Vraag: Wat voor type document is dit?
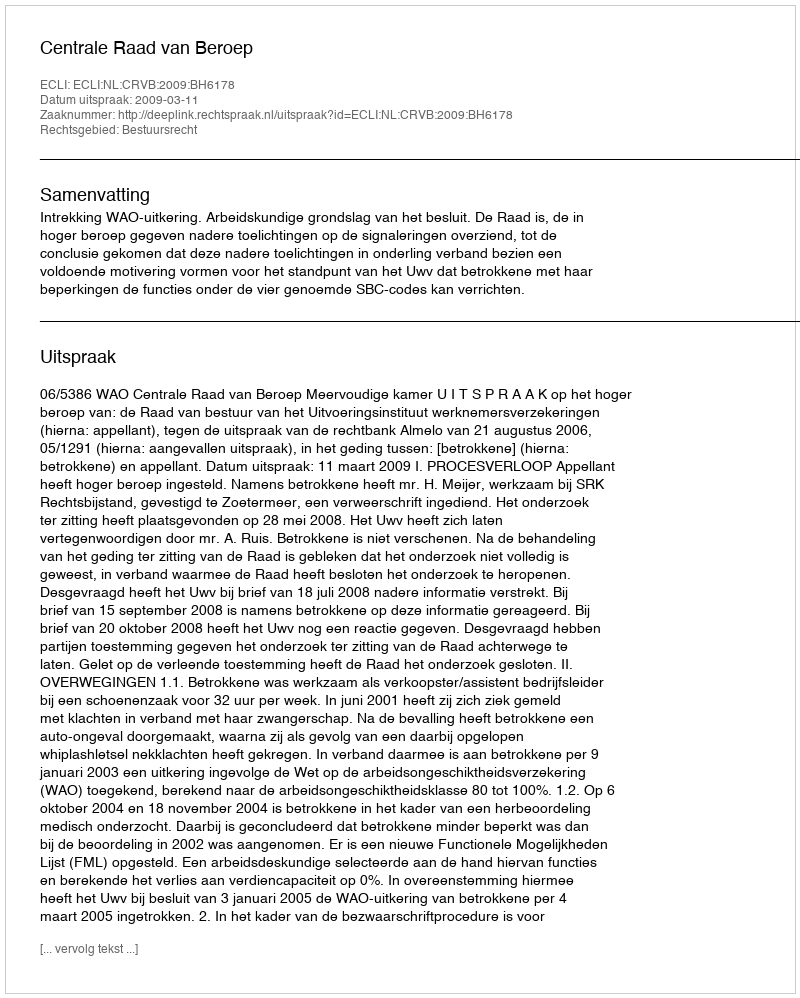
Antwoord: Uitspraak